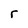
Character: r